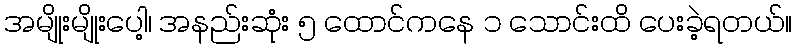
အမျိုးမျိုးပေါ့၊ အနည်းဆုံး ၅ ထောင်ကနေ ၁ သောင်းထိ ပေးခဲ့ရတယ်။